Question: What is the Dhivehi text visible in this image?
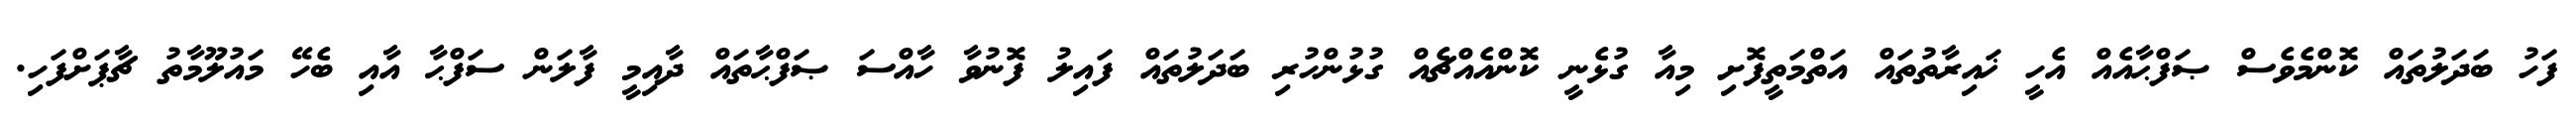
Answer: ފަހު ބަދަލުތައް ކޮންމެވެސް ޞަފްޙާއެއް އެހީ ޚައިރާތުތައް އަތްމަތީފޮށި މިއާ ގުޅެނީ ކޮންއެއްޗެއް ގުޅުންހުރި ބަދަލުތައް ފައިލު ފޮނުވާ ހާއްސަ ޞަފްޙާތައް ދާއިމީ ފާލަން ސަފްޙާ އާއި ބެހޭ މައުލޫމާތު ޗާޕަށްފަހި.